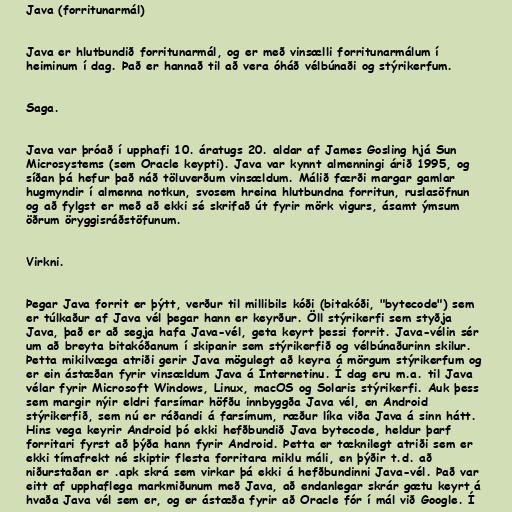
Java (forritunarmál)

Java er hlutbundið forritunarmál, og er með vinsælli forritunarmálum í
heiminum í dag. Það er hannað til að vera óháð vélbúnaði og stýrikerfum.

Saga.

Java var þróað í upphafi 10. áratugs 20. aldar af James Gosling hjá Sun
Microsystems (sem Oracle keypti). Java var kynnt almenningi árið 1995, og
síðan þá hefur það náð töluverðum vinsældum. Málið færði margar gamlar
hugmyndir í almenna notkun, svosem hreina hlutbundna forritun, ruslasöfnun
og að fylgst er með að ekki sé skrifað út fyrir mörk vigurs, ásamt ýmsum
öðrum öryggisráðstöfunum.

Virkni.

Þegar Java forrit er þýtt, verður til millibils kóði (bitakóði, "bytecode") sem
er túlkaður af Java vél þegar hann er keyrður. Öll stýrikerfi sem styðja
Java, það er að segja hafa Java-vél, geta keyrt þessi forrit. Java-vélin sér
um að breyta bitakóðanum í skipanir sem stýrikerfið og vélbúnaðurinn skilur.
Þetta mikilvæga atriði gerir Java mögulegt að keyra á mörgum stýrikerfum og
er ein ástæðan fyrir vinsældum Java á Internetinu. Í dag eru m.a. til Java
vélar fyrir Microsoft Windows, Linux, macOS og Solaris stýrikerfi. Auk þess
sem margir nýir eldri farsímar höfðu innbyggða Java vél, en Android
stýrikerfið, sem nú er ráðandi á farsímum, ræður líka viða Java á sinn hátt.
Hins vega keyrir Android þó ekki hefðbundið Java bytecode, heldur þarf
forritari fyrst að þýða hann fyrir Android. Þetta er tæknilegt atriði sem er
ekki tímafrekt né skiptir flesta forritara miklu máli, en þýðir t.d. að
niðurstaðan er .apk skrá sem virkar þá ekki á hefðbundinni Java-vél. Það var
eitt af upphaflega markmiðunum með Java, að endanlegar skrár gætu keyrt á
hvaða Java vél sem er, og er ástæða fyrir að Oracle fór í mál við Google. Í